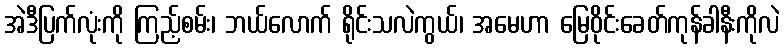
အဲဒီပြက်လုံးကို ကြည့်စမ်း၊ ဘယ်လောက် ရိုင်းသလဲကွယ်၊ အမေဟာ မြေဝိုင်းခေတ်ကုန်ခါနီးကိုလဲ